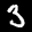
Label: 3